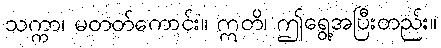
သက္ကာ၊ မတတ်ကောင်း။ ဣတိ၊ ဤရွေ့အပြီးတည်း။